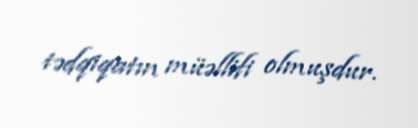
tədqiqatın müəllifi olmuşdur.